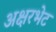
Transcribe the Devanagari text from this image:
अक्षरभेट